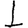
Digit: 1